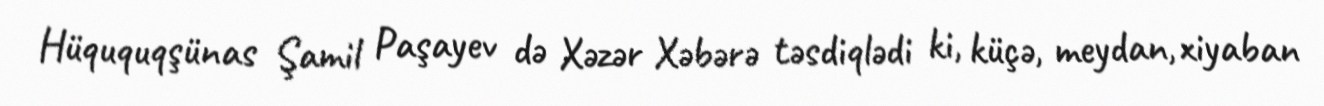
Hüququqşünas Şamil Paşayev də Xəzər Xəbərə təsdiqlədi ki, küçə, meydan, xiyaban